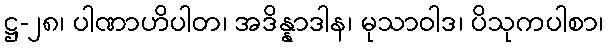
ဋ္ဌ-၂၈၊ ပါဏာဟိပါတ၊ အဒိန္နာဒါန၊ မုသာဝါဒ၊ ပိသုကပါစာ၊